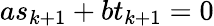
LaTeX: as_{k+1}+bt_{k+1}=0